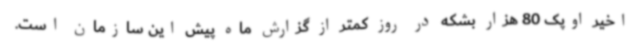
اخیر اوپک 80 هزار بشکه در روز کمتر از گزارش ماه پیش این سازمان است.